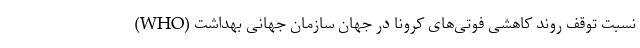
نسبت توقف روند کاهشی فوتی‌های کرونا در جهان سازمان جهانی بهداشت (WHO)